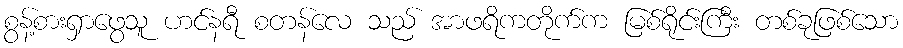
စွန့်စားရှာဖွေသူ ဟင်နရီ စတန်လေ သည် အာဖရိကတိုက်က မြစ်ရိုင်းကြီး တစ်ခုဖြစ်သော